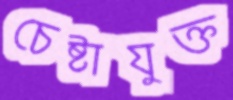
চেষ্টাযুক্ত